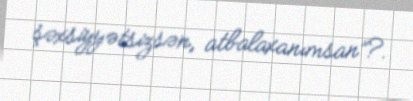
şəxsiyyətsizsən, atbalaxanımsan”?.